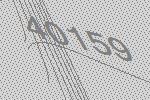
40159